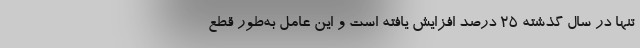
تنها در سال گذشته ۲۵ درصد افزایش یافته است و این عامل به‌طور قطع